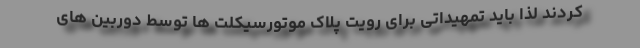
کردند لذا باید تمهیداتی برای رویت پلاک موتورسیکلت ها توسط دوربین های